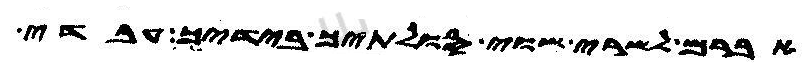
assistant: אברם לשרי שוי סולתיך בידיך עבדי